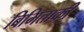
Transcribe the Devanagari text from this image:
बिभिताकी